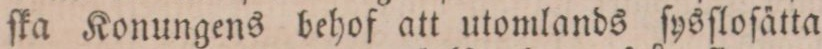
ſka Konungens behof att utomlands ſysſloſätta